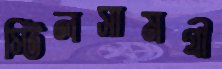
স্টিলসামগ্রী